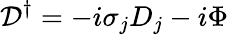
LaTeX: {\cal D}^{\dagger}=-i\sigma_{j}D_{j}-i\Phi